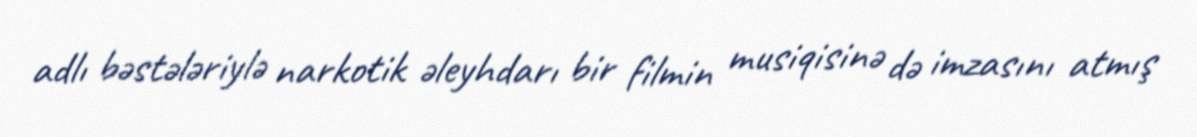
adlı bəstələriylə narkotik əleyhdarı bir filmin musiqisinə də imzasını atmış